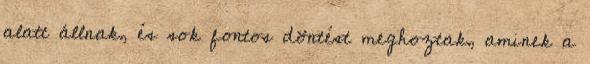
alatt állnak, és sok fontos döntést meghoztak, aminek a